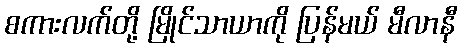
စကားလက်တို့ မြိုင်သာယာကို ပြန်မယ် မီလာနီ